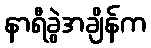
နာရီခွဲအချိန်က